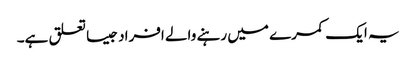
یہ ایک کمرے میں رہنے والے افراد جیسا تعلق ہے۔